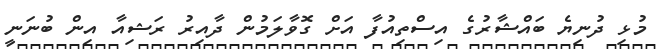
މުޅި ދުނިޔެ ބައްޝާރުގެ އިސްތިއުފާ އަށް ގޮވާލަމުން ދާއިރު ރަޝިއާ އިން ބުނަނީ